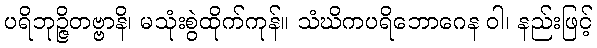
ပရိဘုဉ္ဇိတဗ္ဗာနိ၊ မသုံးစွဲထိုက်ကုန်။ သံဃိကပရိဘောဂေန ဝါ၊ နည်းဖြင့်